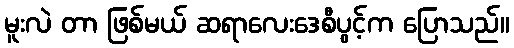
မူးလဲ တာ ဖြစ်မယ် ဆရာလေးဒေစီပွင့်က ပြောသည်။